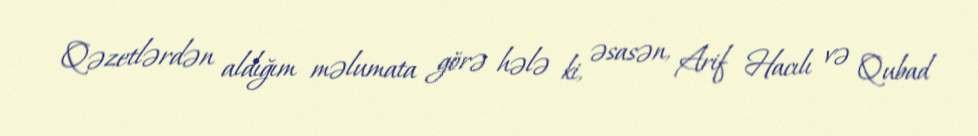
Qəzetlərdən aldığım məlumata görə hələ ki, əsasən, Arif Hacılı və Qubad